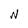
Character: N